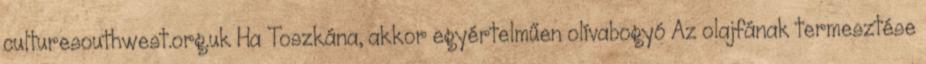
culturesouthwest.org.uk Ha Toszkána, akkor egyértelműen olívabogyó Az olajfának termesztése